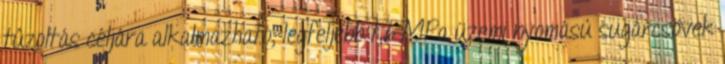
tûzoltás céljára alkalmazható, legfeljebb 1,6 MPa üzemi nyomású sugárcsövek